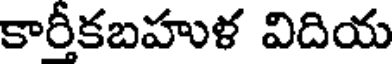
కారీకబహుళ విదియ